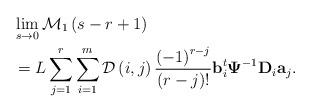
LaTeX: \begin{align*}&\lim_{s \rightarrow 0}\mathcal{M}_1\left(s-r+1\right)\\&=L\sum_{j=1}^{r}\sum_{i=1}^{m}\mathcal{D}\left(i,j\right)\frac{\left(-1\right)^{r-j}}{\left(r-j\right)!}\mathbf{b}_i^t\mathbf{\Psi}^{-1} \mathbf{D}_i\mathbf{a}_j .\end{align*}